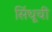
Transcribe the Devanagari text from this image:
सिंधूची